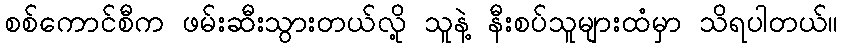
စစ်ကောင်စီက ဖမ်းဆီးသွားတယ်လို့ သူနဲ့ နီးစပ်သူများထံမှာ သိရပါတယ်။